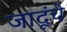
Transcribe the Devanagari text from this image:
जादूंचे